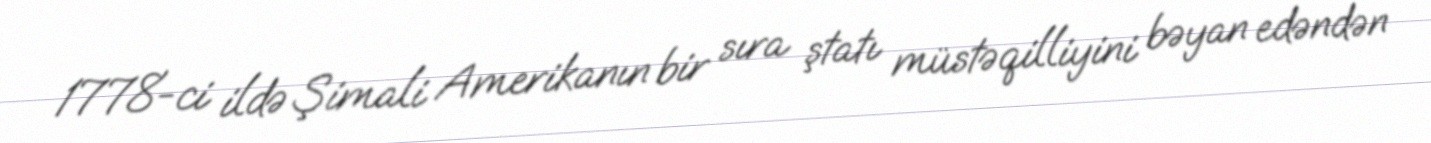
1778-ci ildə Şimali Amerikanın bir sıra ştatı müstəqilliyini bəyan edəndən